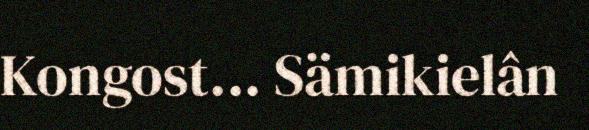
Kongost... Sämikielân